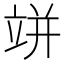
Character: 𥩵